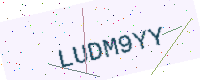
Text: LUDM9YY